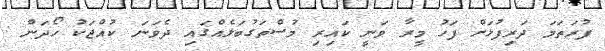
ފުރަތަމަ ދަރިފުޅަށް ފަހު މީރާ ވަނީ ކައިރި މުސްތަގުބަލެއްގައި ދެވަނަ ކުއްޖަކު ހޯދަން